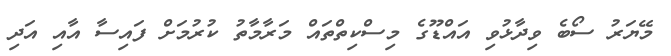
މޭޔަރު ސޯބެ ވިދާޅުވި އައްޑޫގެ މިސްކިތްތައް މަރާމާތު ކުރުމަށް ފައިސާ އާއި އަދި